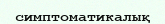
симптоматикалық